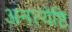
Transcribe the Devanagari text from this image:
अनत्येष्टि